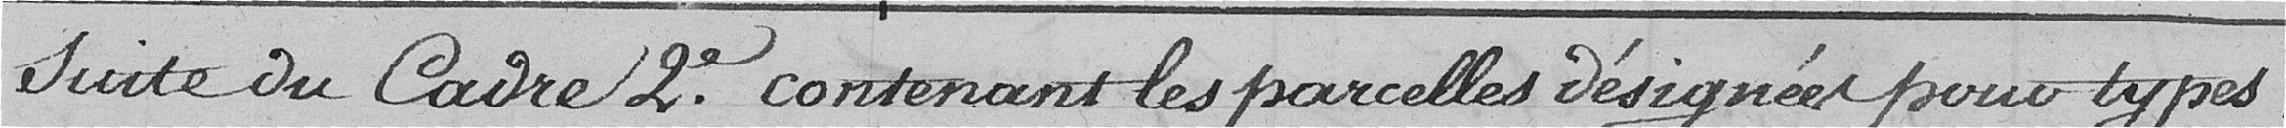
Suite du cadre 2e contenant les parcelles désignées pour types.